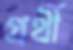
প্রর্থী